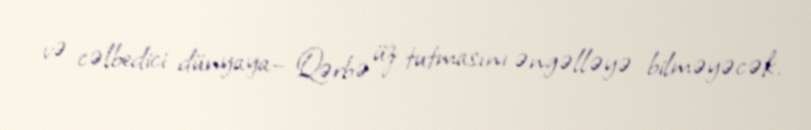
və cəlbedici dünyaya– Qərbə üz tutmasını əngəlləyə bilməyəcək.